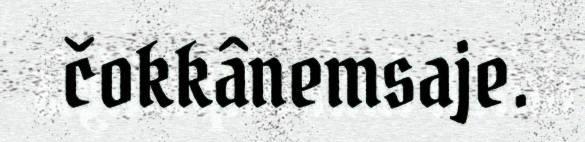
čokkânemsaje.